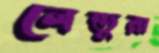
লেন্ডুরা